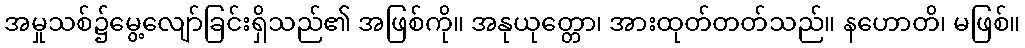
အမှုသစ်၌မွေ့လျော်ခြင်းရှိသည်၏ အဖြစ်ကို။ အနုယုတ္တော၊ အားထုတ်တတ်သည်။ နဟောတိ၊ မဖြစ်။